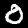
Digit: 0